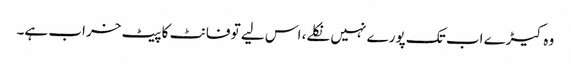
وہ کیڑے اب تک پورے نہیں نکلے، اس لیے تو فانٹ کا پیٹ خراب ہے۔